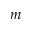
m